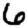
Digit: 6